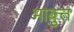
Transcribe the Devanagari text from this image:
माबुत्त